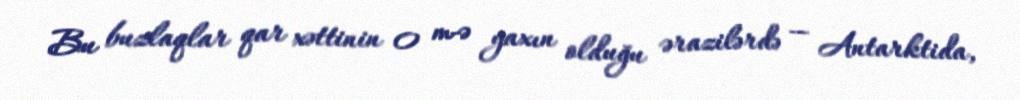
Bu buzlaqlar qar xəttinin 0 m-ə yaxın olduğu ərazilərdə — Antarktida,